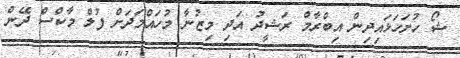
ޝޯ ހުށަހަޅައިދިން އިބްރާމް ރަޝީދު އަދި މިޒުނާ މުހައްމަދަށް ފުލް މާކްސް ދޭން